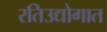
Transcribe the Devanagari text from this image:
रतिउद्योगात